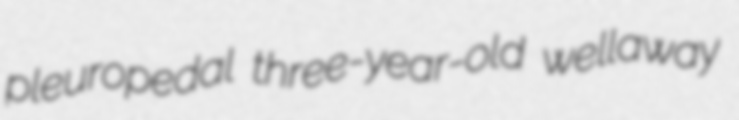
pleuropedal three-year-old wellaway